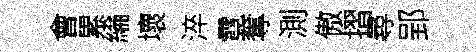
會累綸壞淬霓奪測傲摺尋郢